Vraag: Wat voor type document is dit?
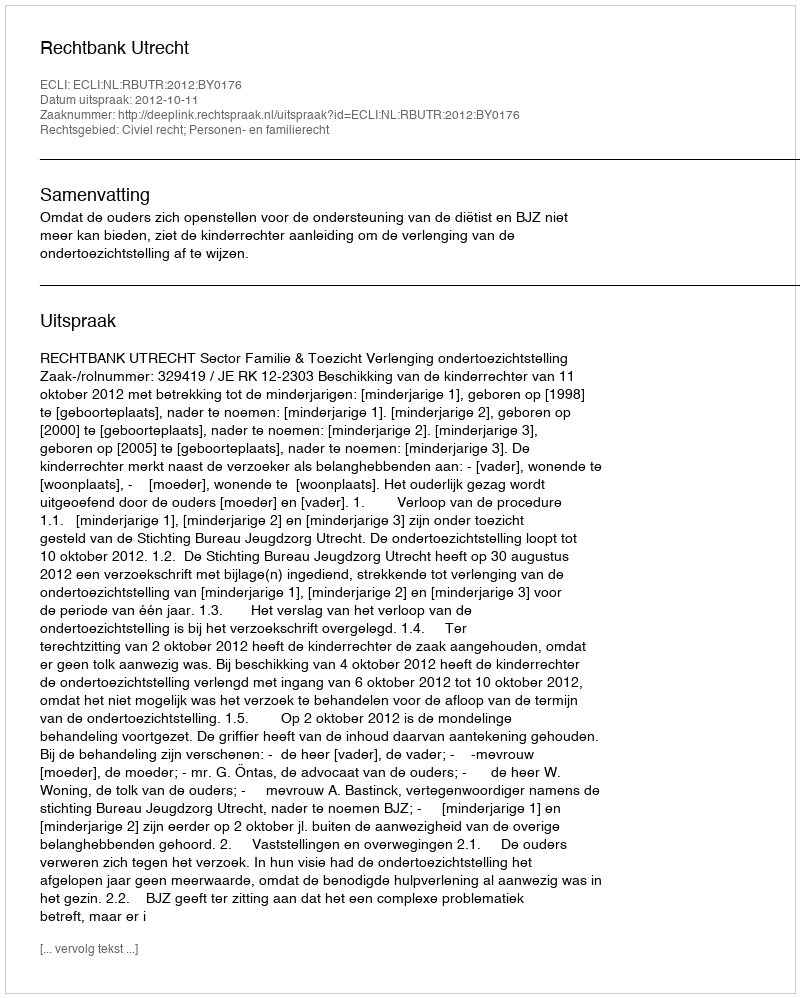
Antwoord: Uitspraak